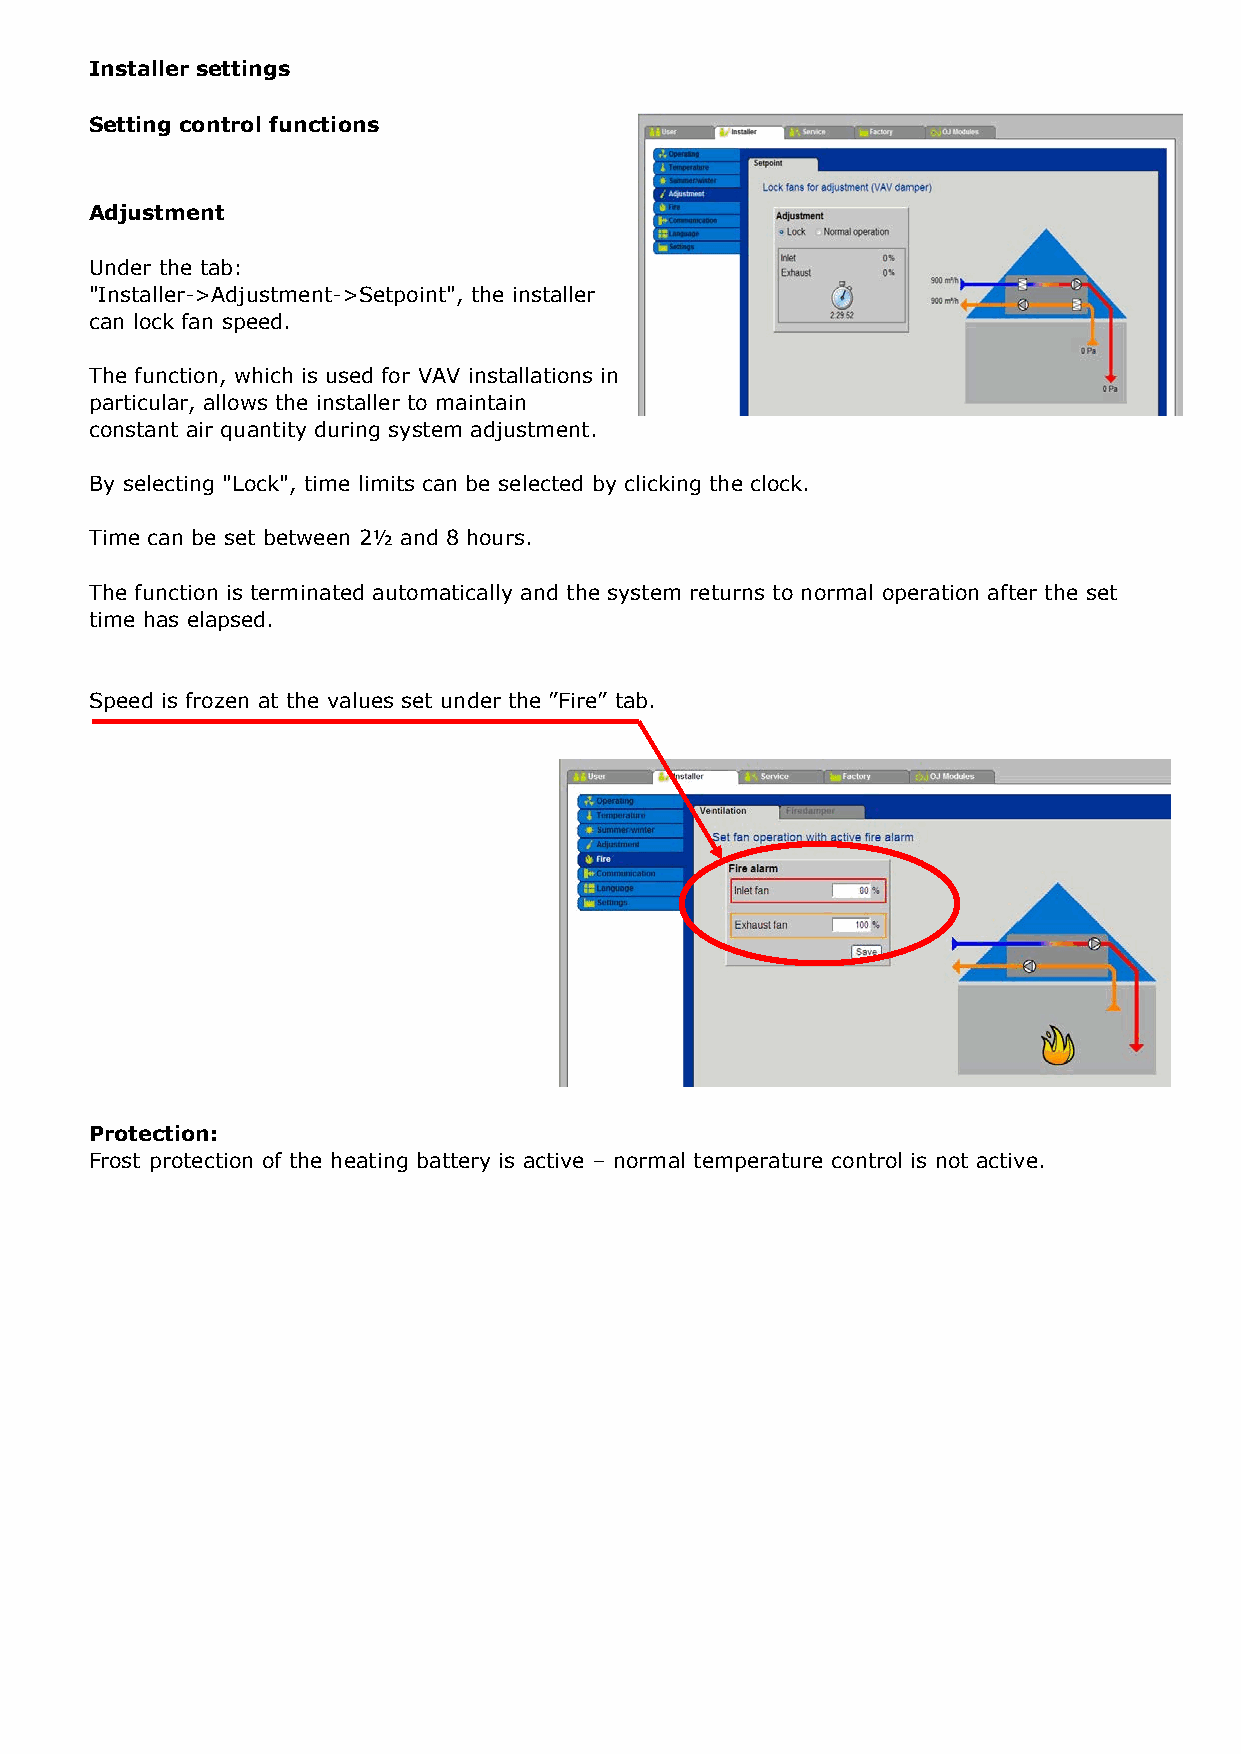
Installer settings Installer settings
 Setting control functions Setting control functions
 Summer/winter changeover Adjustment
 Under the "Installer->Summer/Winter->Changeover" Under the tab:
 tab, you can choose automatic switching between "Installer->Adjustment->Setpoint", the installer
 different operating modes depending on outside can lock fan speed.
 temperature.
 The function, which is used for VAV installations in
 particular, allows the installer to maintain
 The function is only available if one of the following constant air quantity during system adjustment.
 temperature control types is used:
 By selecting "Lock", time limits can be selected by clicking the clock.
 √ Constant extract temperature
 √ Constant room temperature
 Time can be set between 2½ and 8 hours.
 The function can be used in applications designed to provide ventilation in winter time and
 The function is terminated automatically and the system returns to normal operation after the set
 partial or complete room cooling in summer time.
 time has elapsed.
 The function switches control type between constant room temperature in summer time and
 constant inlet temperature in winter time. Speed is frozen at the values set under the ”Fire” tab.
 Changeover can be set to:
 Off
 √ The system does not switch between summer and winter
 operation.
 Outdoor temperature
 √ Control type changes to summer operation if outdoor
 temperature is higher than "Changeover temp.
 summer".
 √ Control type changes to winter operation if outdoor
 temperature is lower than "Changeover temp. winter".
 Protection:
 Calendar Frost protection of the heating battery is active – normal temperature control is not active.
 √ The system switches between summer and winter
 operation on certain dates.
 Summer
 √ Constant summer operation
 Winter
 √ Constant winter operation